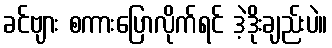
ခင်ဗျား စကားပြောလိုက်ရင် ဒဲ့ဒိုးချည်းပဲ။